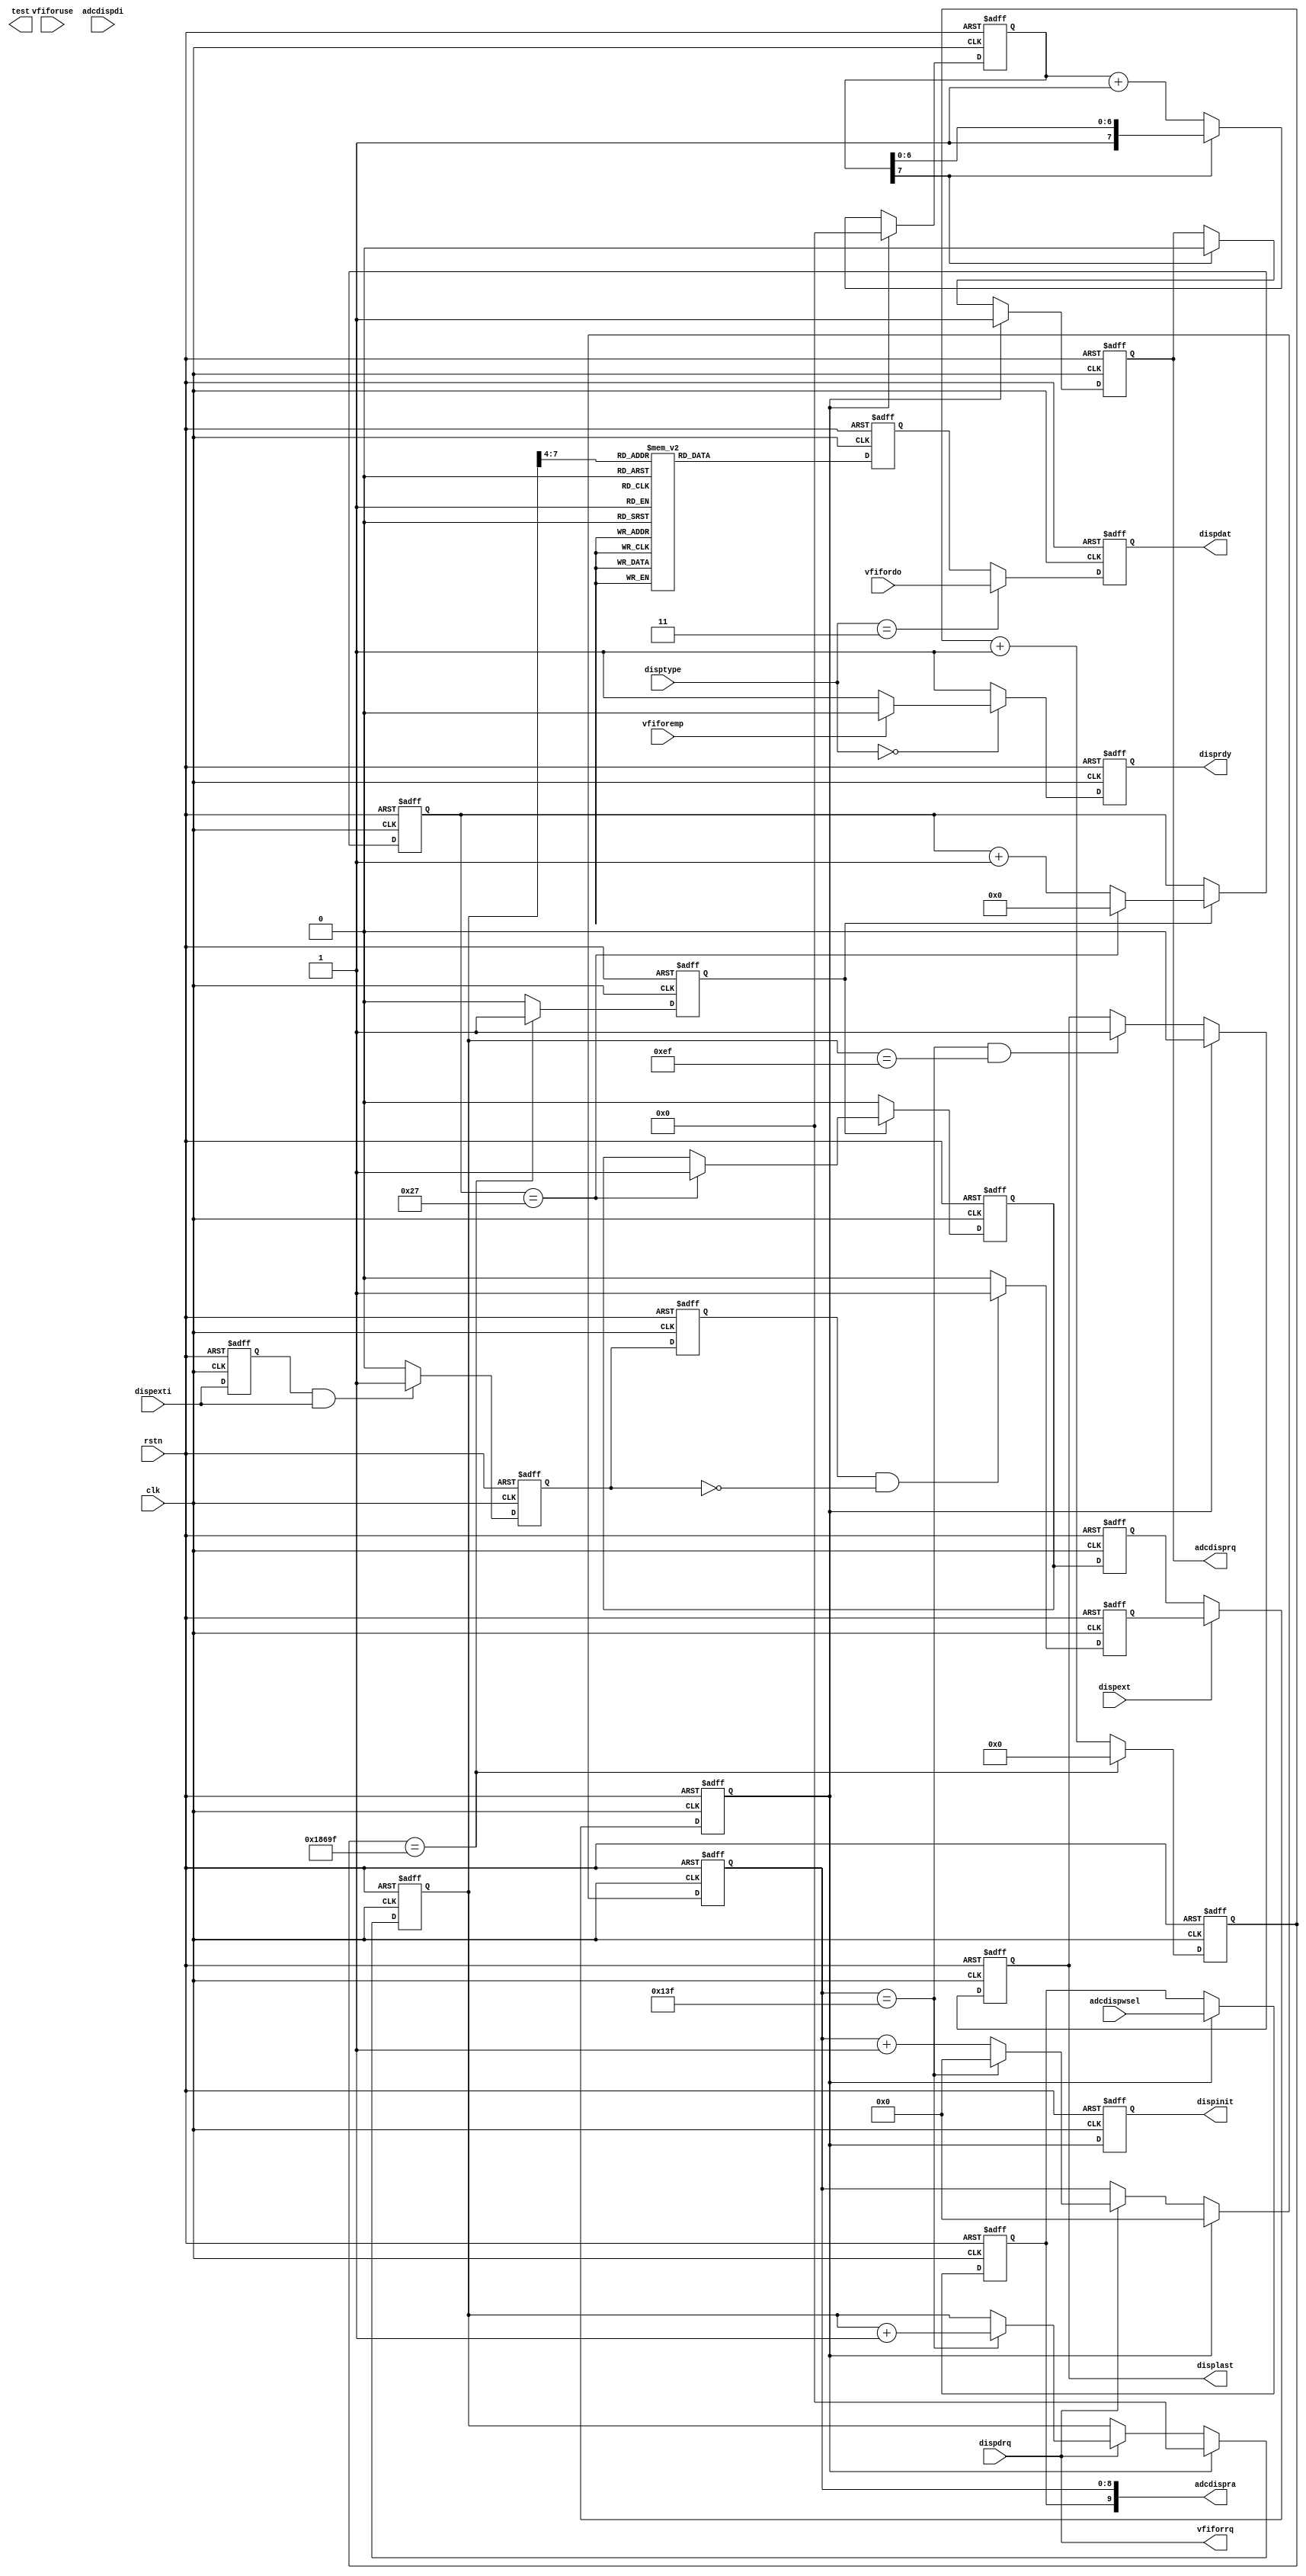
//====================================================================================

  //  Data             :     2013-03-10
  //  Rev              :     1.0
  //  HomePage         :     hevc265.taobao.com       
   
//====================================================================================

   //-- 

//====================================================================================



`timescale 1ns / 1ps


module dispctrl(
	       rstn,	
               clk,                
               dispdrq,
               disptype,
               dispext,
               dispexti,
               vfifordo,
               vfiforemp,
               vfiforuse, 
               adcdispdi,   
               adcdispwsel,           

               dispinit,
               dispdat,
               disprdy,
               displast, 
               vfiforrq,
               adcdisprq,
               adcdispra,
               test                     		  		  
	      );     
			  
			  
			  
input rstn;	
input clk;
input [1:0]disptype;
input dispdrq;
input dispext;
input dispexti;
input [15:0]vfifordo;
input vfiforemp;
input [10:0]vfiforuse;
input [7:0]adcdispdi;
input adcdispwsel;
 
output dispinit;
output [15:0]dispdat;
output disprdy;
output displast; 
output vfiforrq;
output adcdisprq;
output [9:0]adcdispra;
output test;  

reg dispinit;
reg [15:0]dispdat;
reg disprdy;
reg displast; 
wire vfiforrq;
reg adcdisprq;
wire [9:0]adcdispra;
wire test;

//====================================================

reg time1ms;
reg [16:0]timecnt;
reg time40ms;
reg [5:0]tmscnt;
reg dispfrmi;

reg [15:0]adwavedo;
reg [15:0]tmpdata;

reg dispinit0;


//====================================================


always @(posedge clk or negedge rstn) 
begin
     if(!rstn)
     	  begin

     	  end
     else 
          begin
              
          end
end

reg [8:0]dispcol;
reg [7:0]disprow;
reg [4:0]frmcnt;

reg extfrmi0;
reg extfrmi1;
reg extfrmi2;
reg extfrmi;

always @(posedge clk or negedge rstn) 
begin
     if(!rstn)
     	  begin
               extfrmi0 <= 1'b0;
               extfrmi1 <= 1'b0;
               extfrmi2 <= 1'b0;
               extfrmi <= 1'b0;
     	  end
     else 
          begin
               extfrmi0 <= dispexti;
               
               if(extfrmi0==1'b1&&dispexti==1'b1)           //-- 
                  begin
                       extfrmi1 <= 1'b1;  
                  end
               else
                  begin
                       extfrmi1 <= 1'b0;
                  end
               
               extfrmi2 <= extfrmi1;
               
               if(extfrmi2==1'b1 && extfrmi1==1'b0)
                  begin
                       extfrmi <= 1'b1;
                  end
               else
                  begin
                       extfrmi <= 1'b0;
                  end
          end
end




assign vfiforrq = dispdrq;



always @(posedge clk or negedge rstn) 
begin
     if(!rstn)
     	  begin
               dispinit <= 1'b0;
               dispinit0 <= 1'b0;
               disprdy <= 1'b0;
               displast <= 1'b0;
               dispdat <= 16'd0;
               
               dispcol <= 9'd0;
               disprow <= 8'd0;
               
               frmcnt <= 5'd0;
     	  end
     else 
          begin
               dispinit <= dispinit0;
               if(dispext==1'b1)
                  begin
                       dispinit0 <= extfrmi;
                  end
               else
                  begin
                       dispinit0 <= dispfrmi;
                  end
                  
               
              //-- dispdat <= {11'd0,frmcnt[4:0]};
               if(dispinit0==1'b1)
                  begin
                       frmcnt <= frmcnt + 1'b1;
                  end
               
               case(disptype[1:0])
                  //--2'd1:   dispdat <= adwavedo[15:0];           //-- AD/DA
                  2'd3:   dispdat <= vfifordo[15:0];           //-- SAA7113H
                  default:dispdat <= tmpdata[15:0];            //--     
               endcase
                  
                 
               if(disptype==2'd0)
                  begin
                      if(vfiforemp==1'b0)
                       begin
                            disprdy <= 1'b1;
                       end
                      else
                       begin
                            disprdy <= 1'b0;
                       end               
                  end
               else
                  begin
                       disprdy <= 1'b1;
                  end 

               
               if(dispinit0==1'b1)
                  begin
                       dispcol <= 9'd0;
                       disprow <= 8'd0;
                       displast <= 1'b0;
                  end
               else
                  begin
                       if(dispdrq==1'b1)
                          begin
                               if(dispcol==9'd319)
                                  begin
                                       dispcol <= 9'd0;
                                       disprow <= disprow + 1'b1;
                                  end
                               else
                                  begin
                                       dispcol <= dispcol + 1'b1;
                                  end
                          end
                        
                       if(dispcol==9'd319 && disprow==8'd239)
                          begin
                               displast <= 1'b1;
                          end                           
                  end
          end
end


reg [7:0]adcdind;
reg [7:0]disprows64;

reg [7:0]adcdly;
reg adcrsel;

assign adcdispra[9:0] = {adcrsel,dispcol[8:0]};
always @(posedge clk or negedge rstn) 
begin
     if(!rstn)
     	  begin
               adwavedo <= 16'd0;
               adcdind <= 8'd0;
               
               disprows64 <= 8'd0;
               adcdisprq <= 1'b0;
               adcdly <= 8'd0;
               adcrsel <= 1'b0;
     	  end
     else 
          begin
               adcdind <= adcdispdi;
               
               if(dispinit0==1'b1) 
                  begin
                       adcdisprq <= 1'b1;
                       adcdly <= 8'd0;
                       adcrsel <= adcdispwsel;
                  end
               else
                  begin
                       if(adcdly[7]==1'b1)
                          begin
                               adcdisprq <= 1'b0;        //-- keep some clk; 
                          end
                       else
                          begin
                               adcdly <= adcdly + 1'b1;
                          end
                  end
               
               disprows64 <= disprow[7:0]-8'd68;
          
               if(disprow[7:6]==2'b00)
                  begin
                       adwavedo <= {11'd0,5'h1f};                        
                  end
               else
                  begin
                       if(disprow[7:6]==2'b01||disprow[7:6]==2'b10)
                          begin
                                if(adcdind[6:0]== disprows64[6:0])
                                   begin
                                        adwavedo <= 16'hffff;
                                   end
                                else
                                   begin
                                        adwavedo <= {5'd0,6'd0,5'd0};
                                   end 
                          end
                       else
                          begin
                                adwavedo <= {5'h1f,11'd0}; 
                          end
                  end
          end
end


always @(posedge clk or negedge rstn) 
begin
     if(!rstn)
     	  begin
               tmpdata <= 16'd0;
     	  end
     else 
          begin
               case(disprow[7:4])                       
                   4'd5,
                   4'd6,
                   4'd7,
                   4'd8,
                   4'd9:  
                        begin
                             tmpdata <= {5'd0,6'h3f,5'd0};  
                        end 

                   4'd10,
                   4'd11,
                   4'd12,
                   4'd13,
                   4'd14:  
                        begin
                             tmpdata <= {5'h1f,6'd0,5'd0};  
                        end 
                        
                   default:
                        begin
                             tmpdata <= {5'd0,6'd0,5'h1f};
                        end
              endcase                                                       
          end
end

always @(posedge clk or negedge rstn) 
begin
     if(!rstn)
     	  begin
               timecnt <= 17'd0;
               time1ms <= 1'b0;
               tmscnt <= 6'd0;
               time40ms <= 1'b0;
               
               dispfrmi <= 1'b0;
     	  end
     else 
          begin
               if(timecnt==17'h1869f)       //-- when clk=100Mhz
                   begin
                        timecnt <= 17'd0;
                        time1ms <= 1'b1;    //-- 1ms; keep 1clk;
                   end
               else
                   begin
                        time1ms <= 1'b0;
                        timecnt <= timecnt + 1'b1;
                   end
                   
               if(time1ms==1'b1)
                   begin
                        if(tmscnt==6'd39)
                            begin
                                 time40ms <= 1'b1;    //-- 40ms; keep 1clk;
                                 tmscnt <= 6'd0;
                            end
                        else
                            begin
                                 tmscnt <= tmscnt + 1'b1;
                            end
                   end
                else
                   begin
                        time40ms <= 1'b0;
                   end
                   
                dispfrmi <= time40ms;           //-- 25fps;  25fps
          end
end


	
endmodule